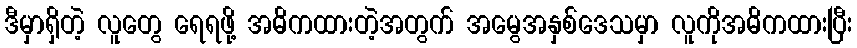
ဒီမှာရှိတဲ့ လူတွေ ရေရဖို့ အဓိကထားတဲ့အတွက် အမွေအနှစ်ဒေသမှာ လူကိုအဓိကထားပြီး